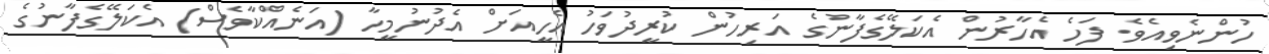
ހުންނެވިއެވެ. ފަހެ އެހާރުން އެކަލޭގެފާނުގެ އަރިހުން ކުރީދުވަހު އެހީއަށް އެދުނުމީހާ (އަނެއްކާވެސް) އެކަލޭގެފާނުގެ